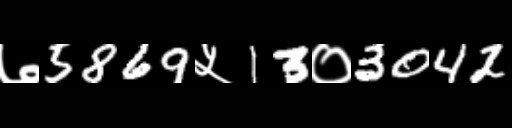
Text: ७5869५13०3042